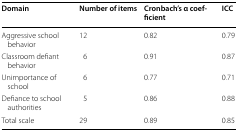
<table><thead><tr><td><b>Domain</b></td><td><b>Number of items</b></td><td><b>Cronbach’s α coefficient</b></td><td><b>ICC</b></td></tr></thead><tbody><tr><td>Aggressive school behavior</td><td>12</td><td>0.82</td><td>0.79</td></tr><tr><td>Classroom defiant behavior</td><td>6</td><td>0.91</td><td>0.87</td></tr><tr><td>Unimportance of school</td><td>6</td><td>0.77</td><td>0.71</td></tr><tr><td>Defiance to school authorities</td><td>5</td><td>0.86</td><td>0.88</td></tr><tr><td>Total scale</td><td>29</td><td>0.89</td><td>0.85</td></tr></tbody></table>